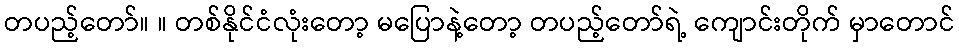
တပည့်တော်။ ။ တစ်နိုင်ငံလုံးတော့ မပြောနဲ့တော့ တပည့်တော်ရဲ့ ကျောင်းတိုက် မှာတောင်